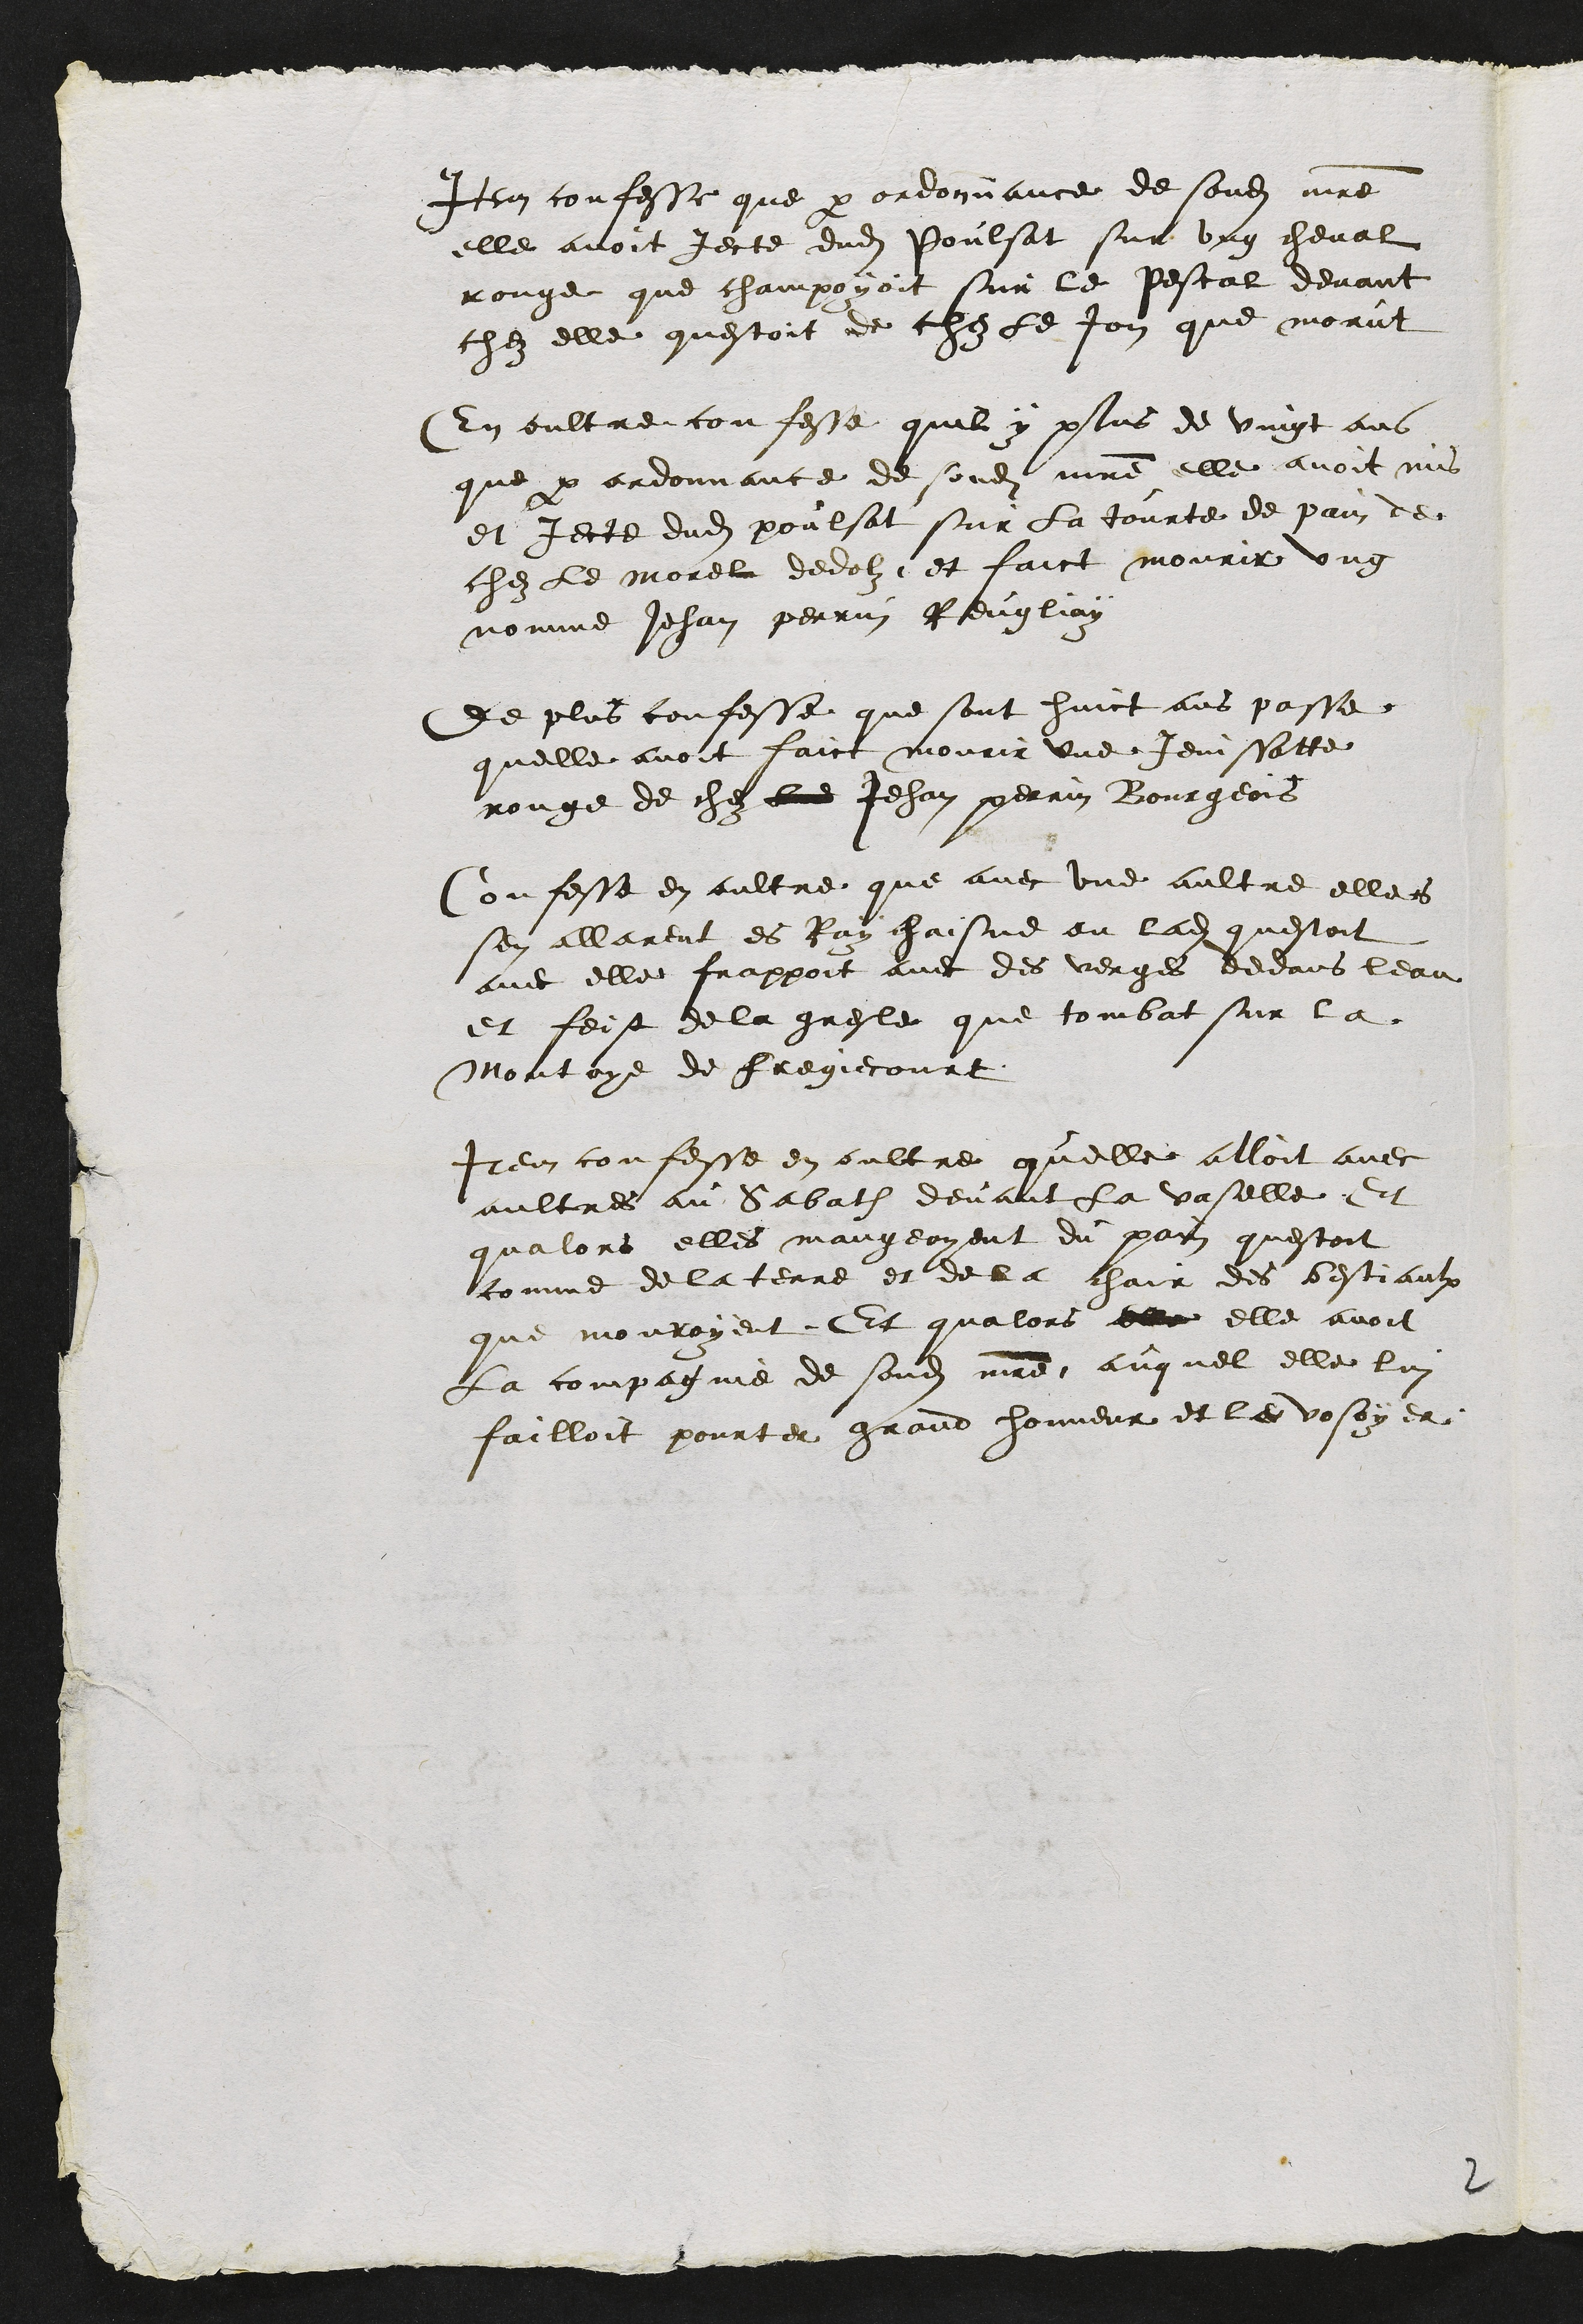
Item confesse que par ordonnance de sondit maitre
elle avoit jecte dudit Poulsat sur ung cheval
rouge que champoyoit sur le Pescal devant
chez elle questoit de chez le Jon que morut
En oultre confesse quil y plus de vingt ans
que par ordonnance de sondit maitre elle avoit mis
et jecte dudit poulsat sur la tourte de pain de
chez le morel dedolz et faict mourir ung
nomme Jehan perrin Reugliay
de plus confesse que sont huict ans passe
quelle avoit faict mourir une Jenissatte
rouge de chez led Jehan perrin Bourgeois
Confesse en aultre que avec une aultre elles
sen allarent es Ray chaisne ou ladite questoit
avec elle frappoit avec des verges dedans leau
et feist de la gresle que tombat sur la
Montoye de Fregiecourt
Item confesse en oultre quelle alloit avec
aultres au Sabath devant la vaselle Et
qualors elles mangeoyent du pain questoit
comme de la terre et de la chair des bestiaulx
que mouroyent Et qualors elle elle avoit
La compagnie de sondit maitre auquel elle lui
failloit pourter grand honneur et le vosoyer
2